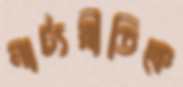
নাট্যরীতিকে